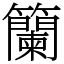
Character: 籣